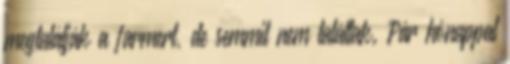
megtalálják a farmert, de semmit nem találtak. Pár hónappal